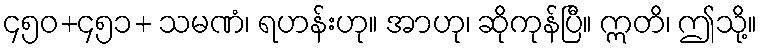
၄၅၀+၄၅၁+ သမဏံ၊ ရဟန်းဟု။ အာဟု၊ ဆိုကုန်ပြီ။ ဣတိ၊ ဤသို့။